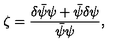
\zeta = \frac { \delta \bar { \psi } \psi + \bar { \psi } \delta \psi } { \bar { \psi } \psi } ,